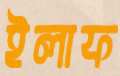
ইলাফ